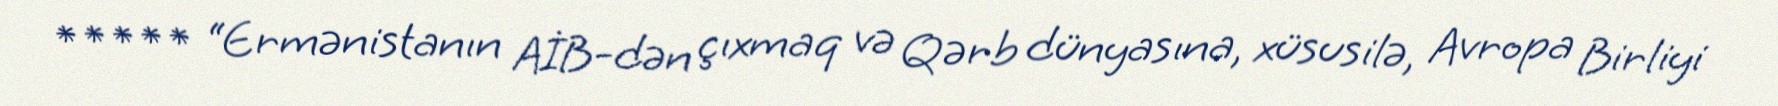
***** “Ermənistanın AİB-dən çıxmaq və Qərb dünyasına, xüsusilə, Avropa Birliyi